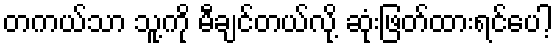
တကယ်သာ သူ့ကို မီချင်တယ်လို့ ဆုံးဖြတ်ထားရင်ပေါ့